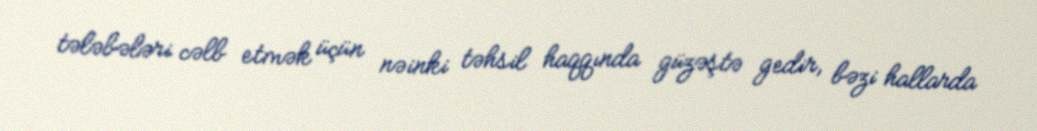
tələbələri cəlb etmək üçün nəinki təhsil haqqında güzəştə gedir, bəzi hallarda